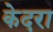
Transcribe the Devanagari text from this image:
केदरा